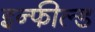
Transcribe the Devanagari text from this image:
इन्फील्ड